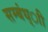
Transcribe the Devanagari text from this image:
सम्बंध्ाी